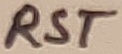
Text: RST